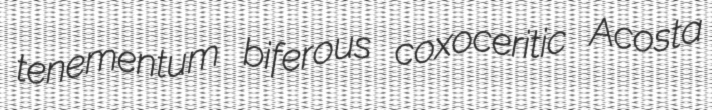
tenementum biferous coxoceritic Acosta